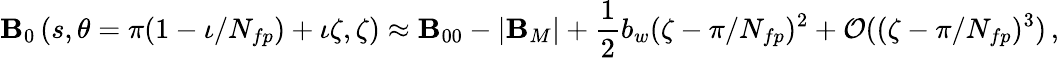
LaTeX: \mathbf{B}_{0}\left(s,\theta=\pi(1-\iota/N_{fp})+\iota\zeta,\zeta\right)\approx\mathbf{B}_{00}-|\mathbf{B}_{M}|+\frac{{1}}{{2}}b_{w}(\zeta-\pi/N_{fp})^{2}+\mathcal{{O}}((\zeta-\pi/N_{fp})^{3})\, ,